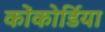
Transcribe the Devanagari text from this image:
कोंकोर्डिया